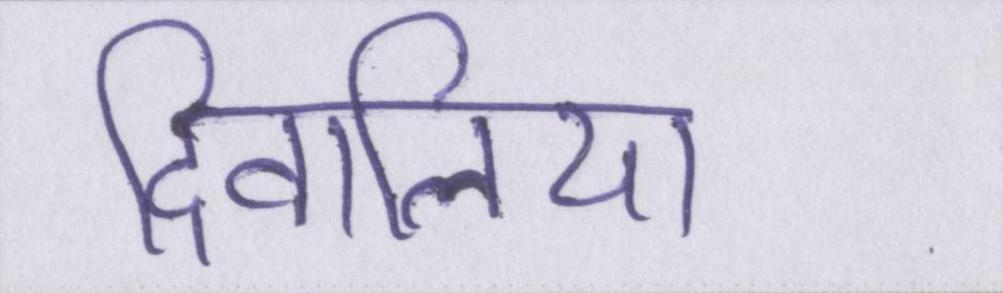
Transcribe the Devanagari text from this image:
दिवालिया